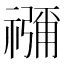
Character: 𮂖